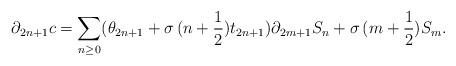
LaTeX: \begin{align*}\partial_{2n+1}c=\sum_{n\geq0}(\theta_{2n+1}+\sigma\,(n+\frac{1}{2})t_{2n+1})\partial_{2m+1}S_n+\sigma\,(m+\frac{1}{2})S_m.\end{align*}